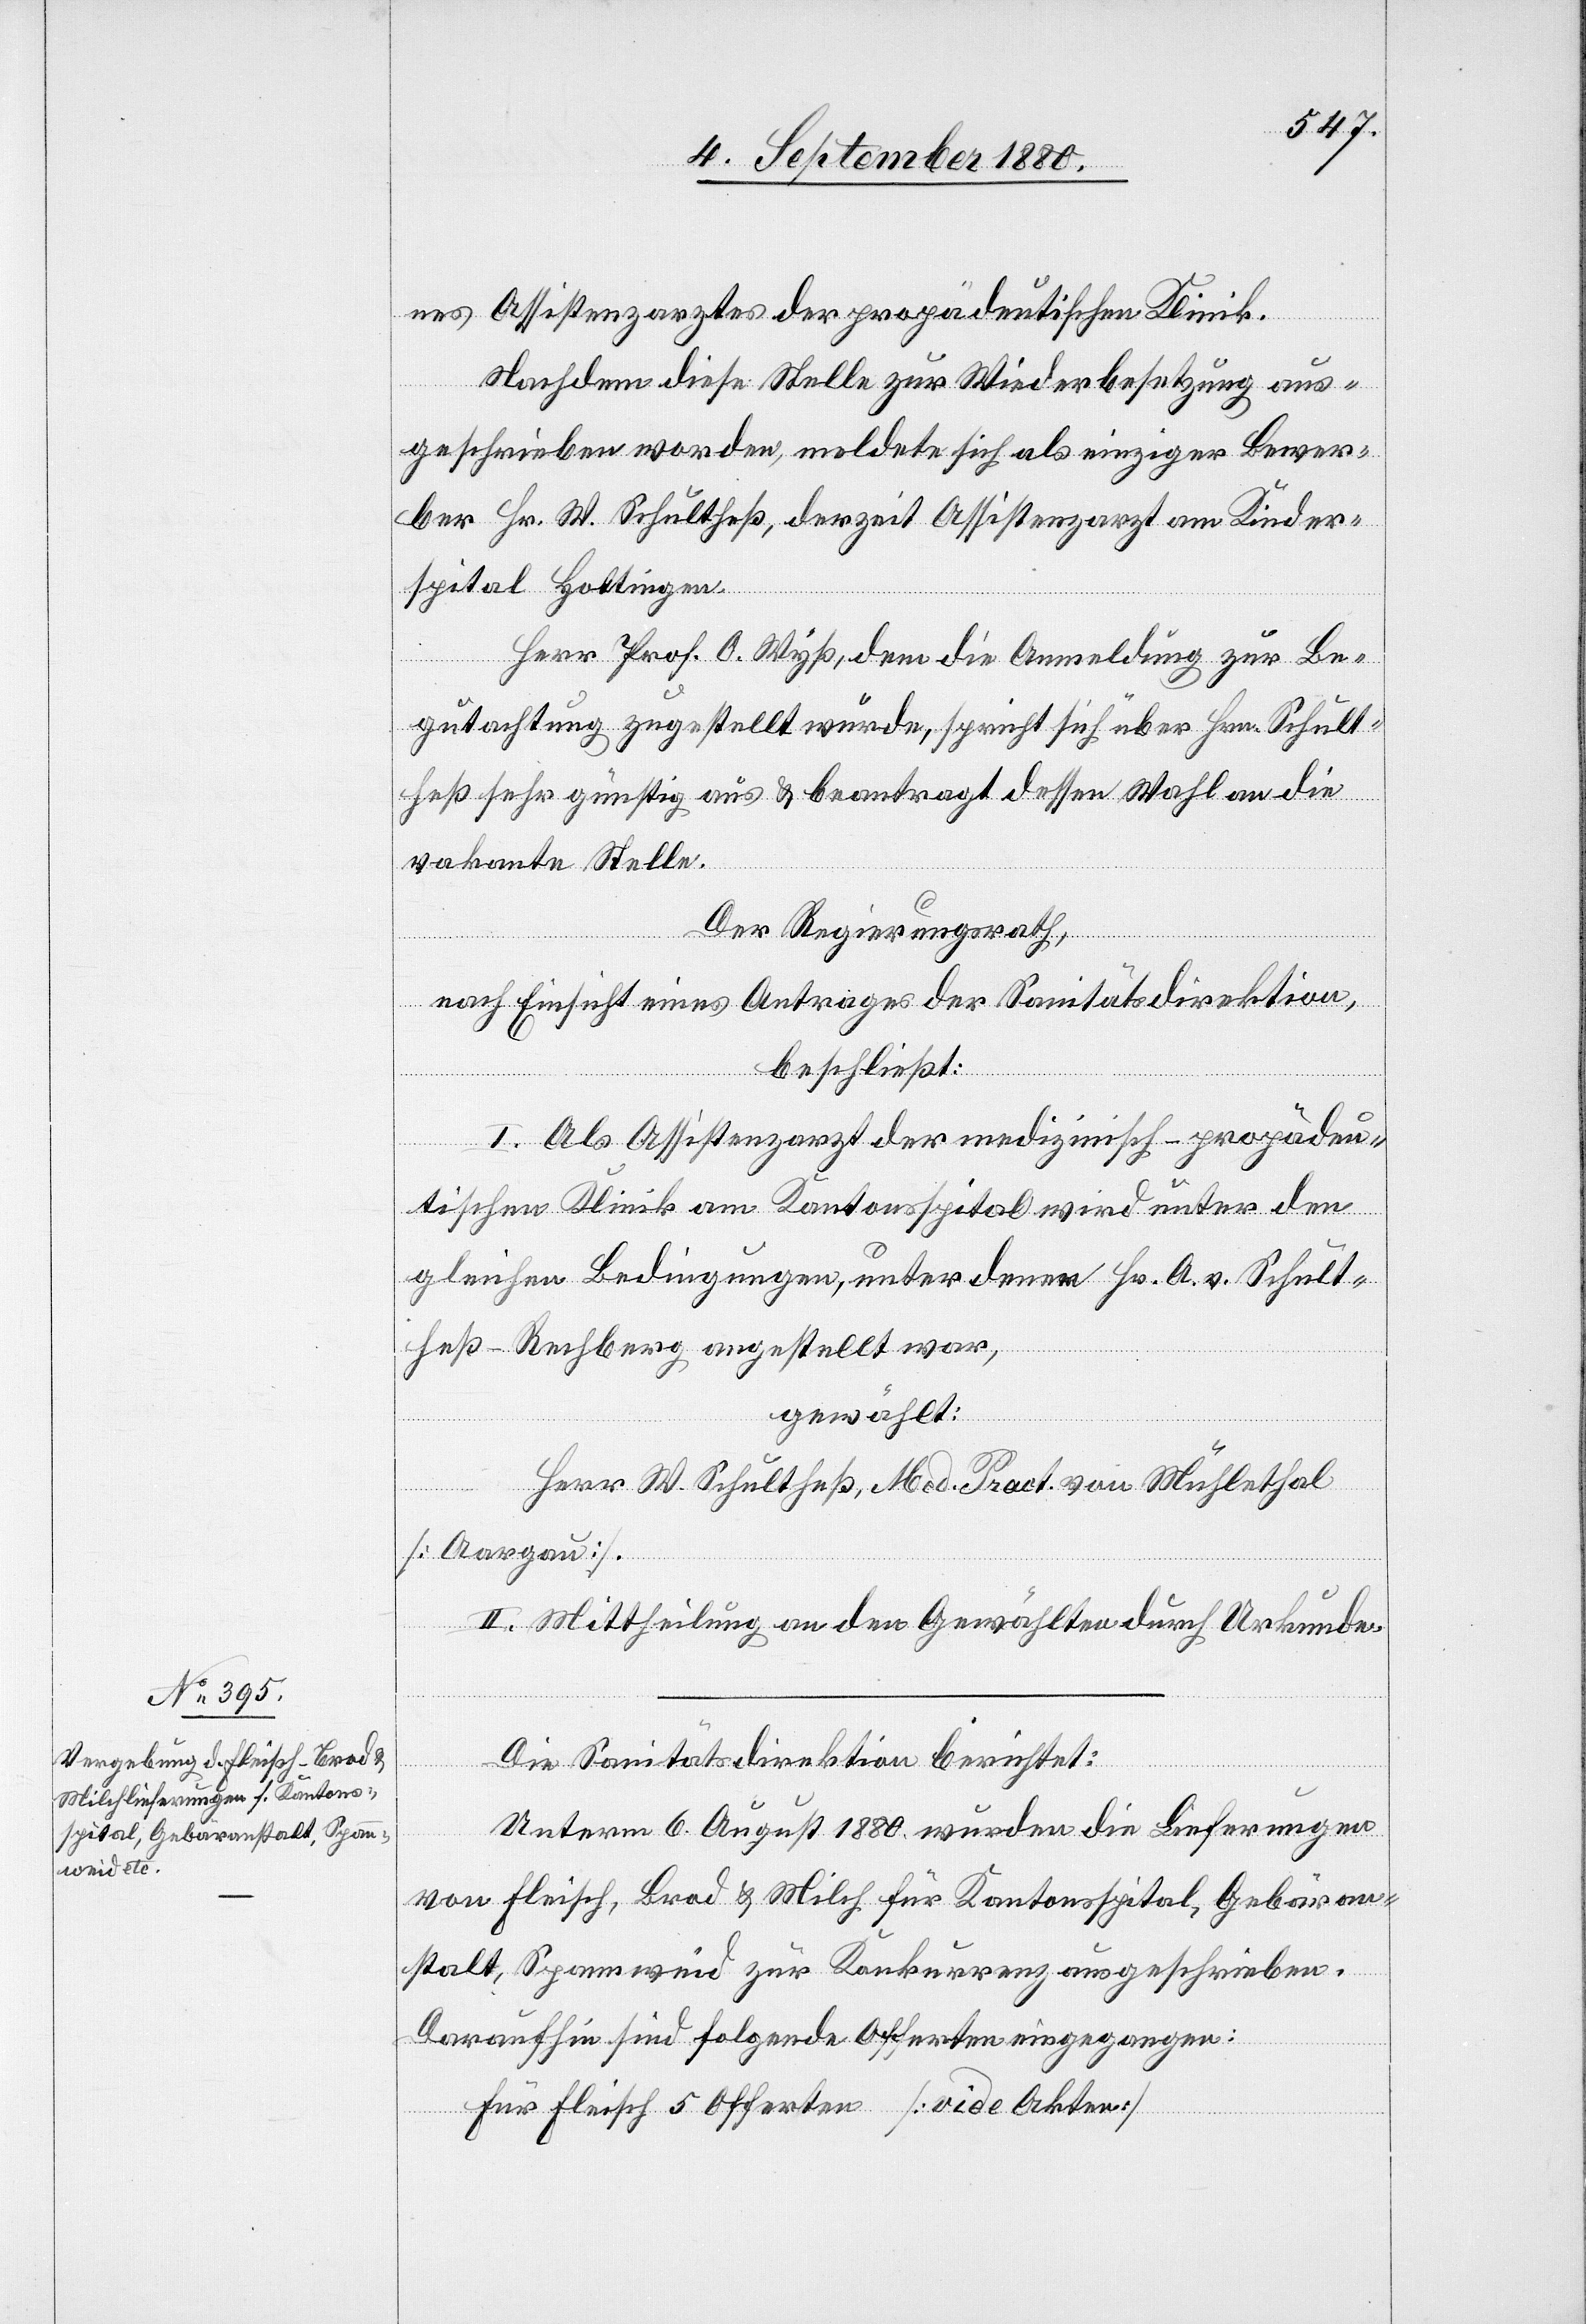
nes Assistenzarztes der propädeutischen Klinik.
Nachdem diese Stelle zur Wiederbesetzung aus¬
geschrieben worden, meldete sich als einziger Bewer¬
ber Hr. W. Schultheß, derzeit Assistenzarzt am Kinder¬
spital Hottingen.
Herr Prof. O. Wyß, dem die Anmeldung zur Be¬
gutachtung zugestellt wurde, spricht sich über Hrn. Schult¬
heß sehr günstig aus & beantragt dessen Wahl an die
vakante Stelle.
Der Regierungsrath,
nach Einsicht eines Antrages der Sanitätsdirektion,
beschließt:
I. Als Assistenzarzt der medizinisch-propädeu¬
tischen Klinik am Kantonsspital wird unter den
gleichen Bedingungen, unter denen Hr. A.v. Schult¬
heß-Rechberg angestellt war,
gewählt:
Herr W. Schultheß, Med. Pract. von Mühlethal
[Aargau].
II. Mittheilung an den Gewählten durch Urkunde.
Die Sanitätsdirektion berichtet:
Unterm 6. August 1880 wurden die Lieferungen
von Fleisch, Brod & Milch für Kantonspital, Gebäran¬
stalt, Spannweid zur Konkurrenz ausgeschrieben.
Für Fleisch 5 Offerten [vide Akten]